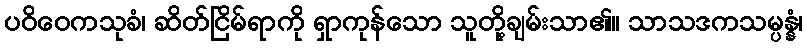
ပဝိဝေကသုခံ၊ ဆိတ်ငြိမ်ရာကို ရှာကုန်သော သူတို့ချမ်းသာ၏။ သာသဒကသမ္ပန္နံ၊